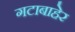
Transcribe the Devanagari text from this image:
गटाबाहेर